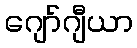
ဂျော်ဂျီယာ